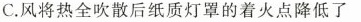
C.风将热全吹散后纸质灯罩的着火点降低了